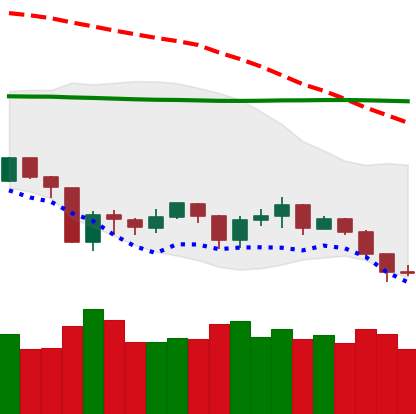
Ticker: NEO-USD
Chart end date: 2019-08-30
Forward return: 3.673%
Label: up_3_5